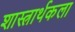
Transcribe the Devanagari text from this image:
शास्त्रार्थकला